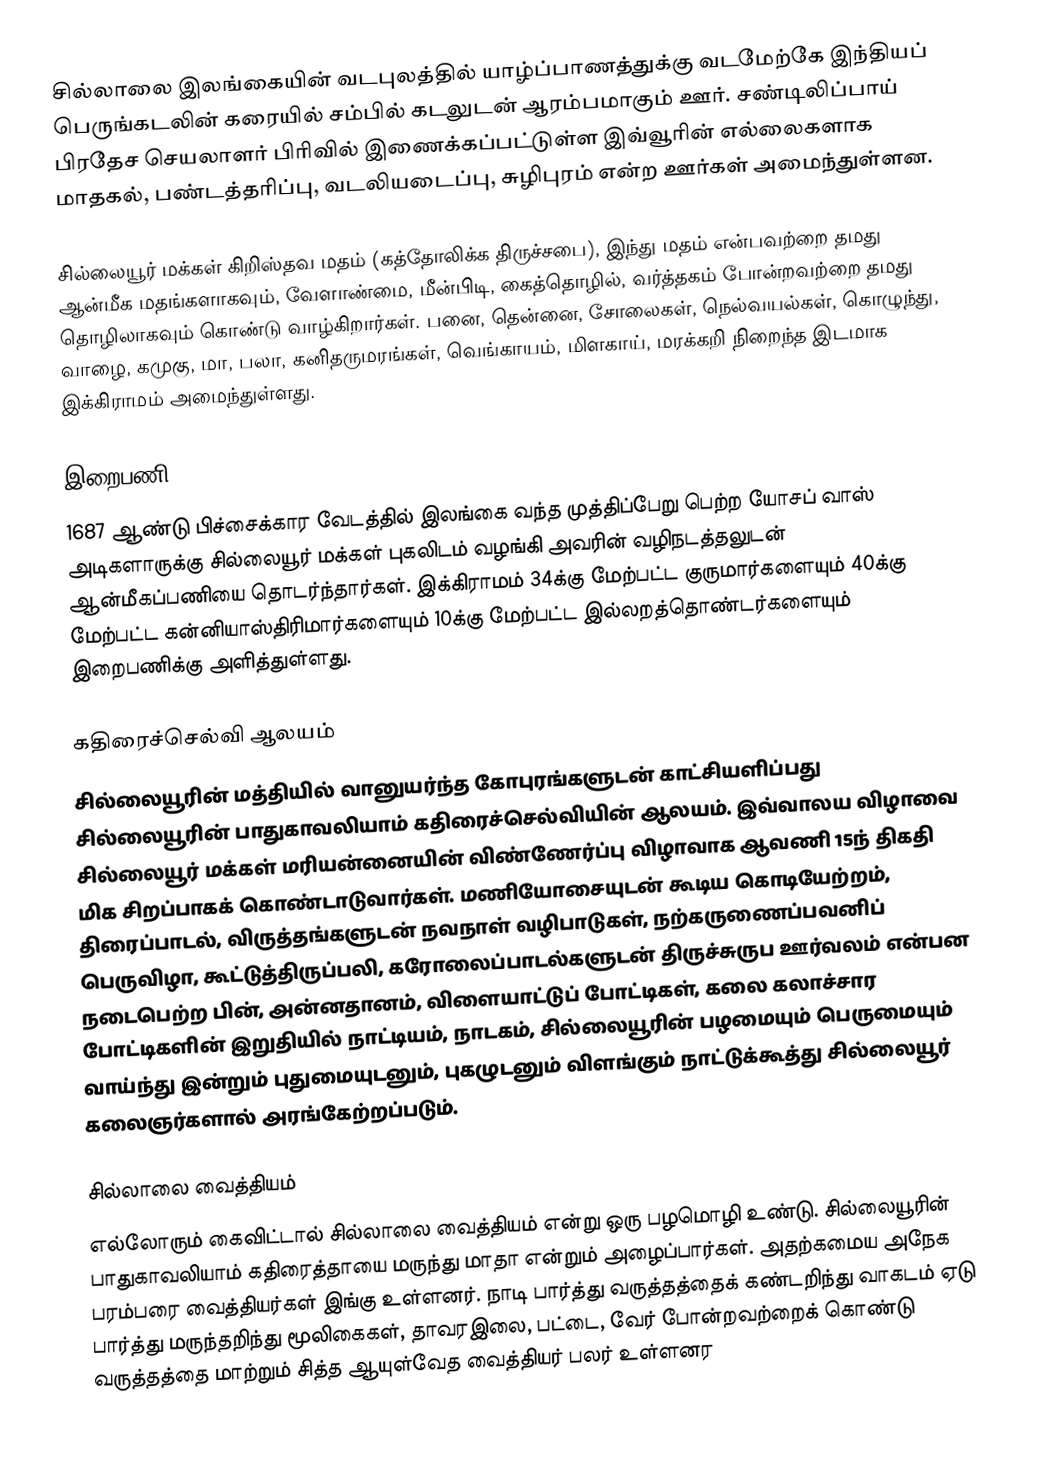
சில்லாலை இலங்கையின் வடபுலத்தில் யாழ்ப்பாணத்துக்கு வடமேற்கே இந்தியப் பெருங்கடலின் கரையில் சம்பில் கடலுடன் ஆரம்பமாகும் ஊர். சண்டிலிப்பாய் பிரதேச செயலாளர் பிரிவில் இணைக்கப்பட்டுள்ள இவ்வூரின் எல்லைகளாக மாதகல், பண்டத்தரிப்பு, வடலியடைப்பு, சுழிபுரம் என்ற ஊர்கள் அமைந்துள்ளன.

சில்லையூர் மக்கள் கிறிஸ்தவ மதம் (கத்தோலிக்க திருச்சபை), இந்து மதம் என்பவற்றை தமது ஆன்மீக மதங்களாகவும், வேளாண்மை, மீன்பிடி, கைத்தொழில், வர்த்தகம் போன்றவற்றை தமது தொழிலாகவும் கொண்டு வாழ்கிறார்கள். பனை, தென்னை, சோலைகள், நெல்வயல்கள், கொழுந்து, வாழை, கமுகு, மா, பலா, கனிதருமரங்கள், வெங்காயம், மிளகாய், மரக்கறி நிறைந்த இடமாக இக்கிராமம் அமைந்துள்ளது.

இறைபணி
1687 ஆண்டு பிச்சைக்கார வேடத்தில் இலங்கை வந்த முத்திப்பேறு பெற்ற யோசப் வாஸ் அடிகளாருக்கு சில்லையூர் மக்கள் புகலிடம் வழங்கி அவரின் வழிநடத்தலுடன் ஆன்மீகப்பணியை தொடர்ந்தார்கள். இக்கிராமம் 34க்கு மேற்பட்ட குருமார்களையும் 40க்கு மேற்பட்ட கன்னியாஸ்திரிமார்களையும் 10க்கு மேற்பட்ட இல்லறத்தொண்டர்களையும் இறைபணிக்கு அளித்துள்ளது.

கதிரைச்செல்வி ஆலயம்
சில்லையூரின் மத்தியில் வானுயர்ந்த கோபுரங்களுடன் காட்சியளிப்பது சில்லையூரின் பாதுகாவலியாம் கதிரைச்செல்வியின் ஆலயம். இவ்வாலய விழாவை சில்லையூர் மக்கள் மரியன்னையின் விண்ணேர்ப்பு விழாவாக ஆவணி 15ந் திகதி மிக சிறப்பாகக் கொண்டாடுவார்கள். மணியோசையுடன் கூடிய கொடியேற்றம், திரைப்பாடல், விருத்தங்களுடன் நவநாள் வழிபாடுகள், நற்கருணைப்பவனிப் பெருவிழா, கூட்டுத்திருப்பலி, கரோலைப்பாடல்களுடன் திருச்சுருப ஊர்வலம் என்பன நடைபெற்ற பின், அன்னதானம், விளையாட்டுப் போட்டிகள், கலை கலாச்சார போட்டிகளின் இறுதியில் நாட்டியம், நாடகம், சில்லையூரின் பழமையும் பெருமையும் வாய்ந்து இன்றும் புதுமையுடனும், புகழுடனும் விளங்கும் நாட்டுக்கூத்து சில்லையூர் கலைஞர்களால் அரங்கேற்றப்படும்.

சில்லாலை வைத்தியம்
எல்லோரும் கைவிட்டால் சில்லாலை வைத்தியம் என்று ஒரு பழமொழி உண்டு. சில்லையூரின் பாதுகாவலியாம் கதிரைத்தாயை மருந்து மாதா என்றும் அழைப்பார்கள். அதற்கமைய அநேக பரம்பரை வைத்தியர்கள் இங்கு உள்ளனர். நாடி பார்த்து வருத்தத்தைக் கண்டறிந்து வாகடம் ஏடு பார்த்து மருந்தறிந்து மூலிகைகள், தாவரஇலை, பட்டை, வேர் போன்றவற்றைக் கொண்டு வருத்தத்தை மாற்றும் சித்த ஆயுள்வேத வைத்தியர் பலர் உள்ளனர